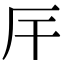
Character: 厈